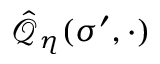
\hat { \mathcal { Q } } _ { \boldsymbol { \eta } } ( \sigma ^ { \prime } , \cdot )